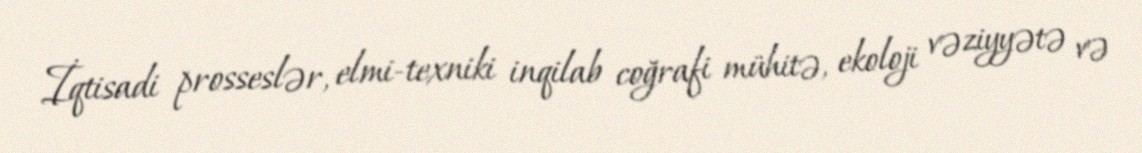
İqtisadi prosseslər, elmi-texniki inqilab coğrafi mühitə, ekoloji vəziyyətə və